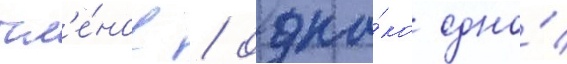
чл'е́нов / одна́ко одно́